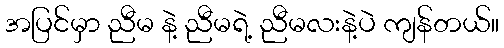
အပြင်မှာ ညီမ နဲ့ ညီမရဲ့ ညီမလးနဲ့ပဲ ကျန်တယ်။